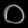
Digit: ၀